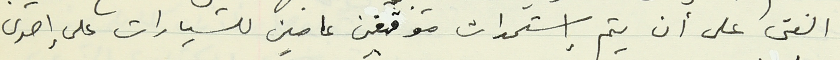
الفتى على أن يتم إستحداث موقفين عامين للسيارات على إحدى